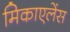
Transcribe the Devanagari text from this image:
मिकाएलेंस